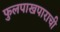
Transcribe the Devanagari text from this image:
फुलपाखपाराची